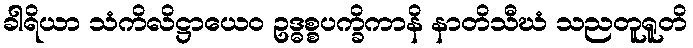
ခါရိယာ သံကိလိဋ္ဌာယေဝ ဥဒ္ဓစ္စပက္ခိကာနိ နာတိသီဃံ သညတူရူတိ